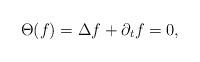
LaTeX: \begin{align*}\Theta(f)=\Delta f+\partial_tf=0,\end{align*}